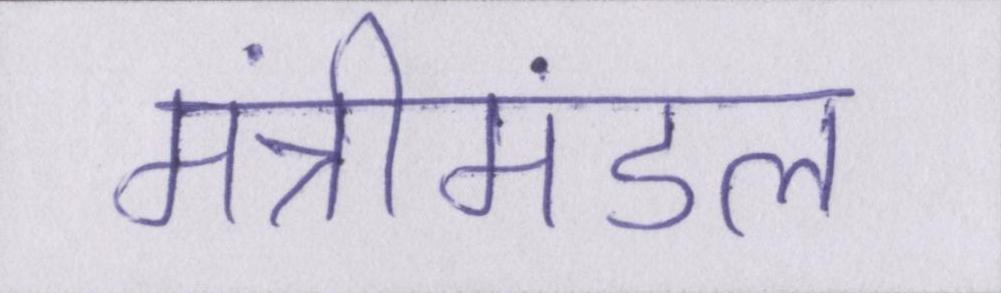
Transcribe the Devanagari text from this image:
मंत्रीमंडल